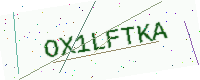
Text: OX1LFTKA